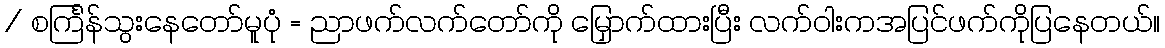
/ စင်္ကြန်သွးနေတော်မူပုံ = ညာဖက်လက်တော်ကို မြှောက်ထားပြီး လက်ဝါးကအပြင်ဖက်ကိုပြနေတယ်။